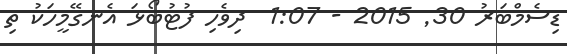
ޑިސެމްބަރު 30